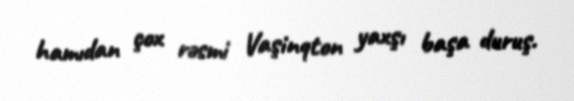
hamıdan çox rəsmi Vaşinqton yaxşı başa duruş.